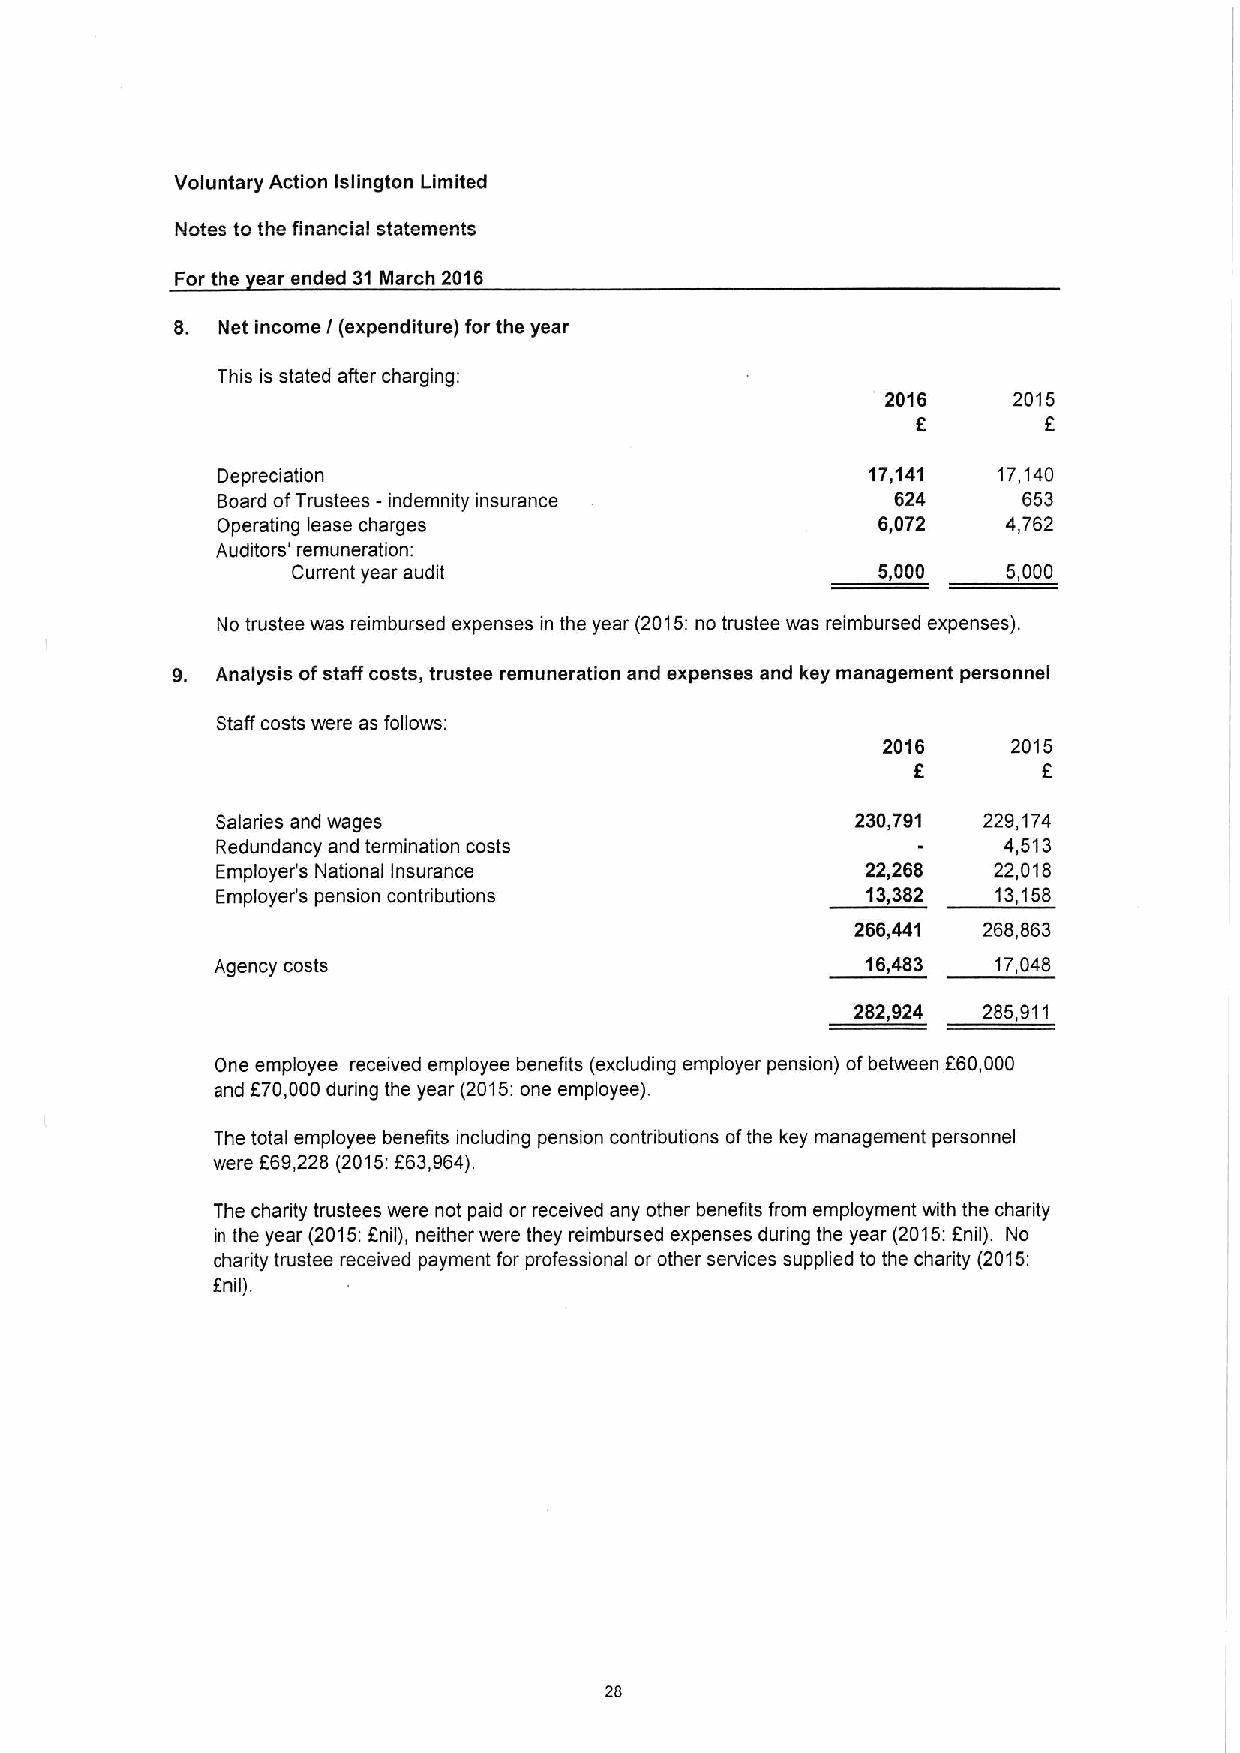
Voluntary Action Islington Limited
 Notes to the financial statements
 For the ear ended 31 March 2016
 8. Net income I(expenditure) for the year
 This is stated after charging:
 2016    2015
 6       E
 Depreciation                                17,141  17,140
 Board ofTrustees - indemnity insurance       624      653
 Operating lease charges                     6,072    4,762
 Auditors' remuneration:
 Current year audit                     5,000    5,000
 No trustee was reimbursed expenses in the year (2015:no trustee was reimbursed expenses).
 9. Analysis ofstaff costs, trustee remuneration and expenses and key management personnel
 Staff costs were as follows:
 2016     2015
 f
 6
 Salaries and wages                         230,791 229,174
 Redundancy and termination costs                    4,513
 Employer's National insurance              22,268   22,018
 Employer's pension contributions           13,382   13,158
 266,441 268,863
 Agency costs                               16,483   17,048
 282,924 285,911
 One employee received employee benefits (excluding employer pension) ofbetween 660,000
 and E70,000during the year (2015:one employee).
 The total employee benefits including pension contributions ofthe key management personnel
 were F69,228 (2015:E63,964).
 The charity trustees were not paid or received any other benefits from employment with the charity
 in the year (2015:Enil), neither were they reimbursed expenses during the year (2015:Enil). No
 charity trustee received payment for professional or other services supplied to the charity (2015:
 fnil).
 28